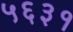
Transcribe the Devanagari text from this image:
५६३१